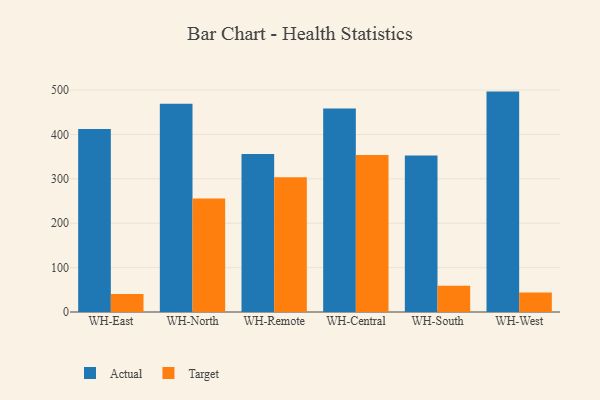
{"axis": {"x": "Warehouse", "y": "Production Output"}, "legend": ["Actual", "Target"], "data": [{"x": "WH-East", "y": 412.4, "type": "Actual"}, {"x": "WH-East", "y": 40.4, "type": "Target"}, {"x": "WH-North", "y": 469.0, "type": "Actual"}, {"x": "WH-North", "y": 255.8, "type": "Target"}, {"x": "WH-Remote", "y": 356.0, "type": "Actual"}, {"x": "WH-Remote", "y": 303.7, "type": "Target"}, {"x": "WH-Central", "y": 458.3, "type": "Actual"}, {"x": "WH-Central", "y": 353.9, "type": "Target"}, {"x": "WH-South", "y": 352.9, "type": "Actual"}, {"x": "WH-South", "y": 59.4, "type": "Target"}, {"x": "WH-West", "y": 496.6, "type": "Actual"}, {"x": "WH-West", "y": 43.7, "type": "Target"}]}